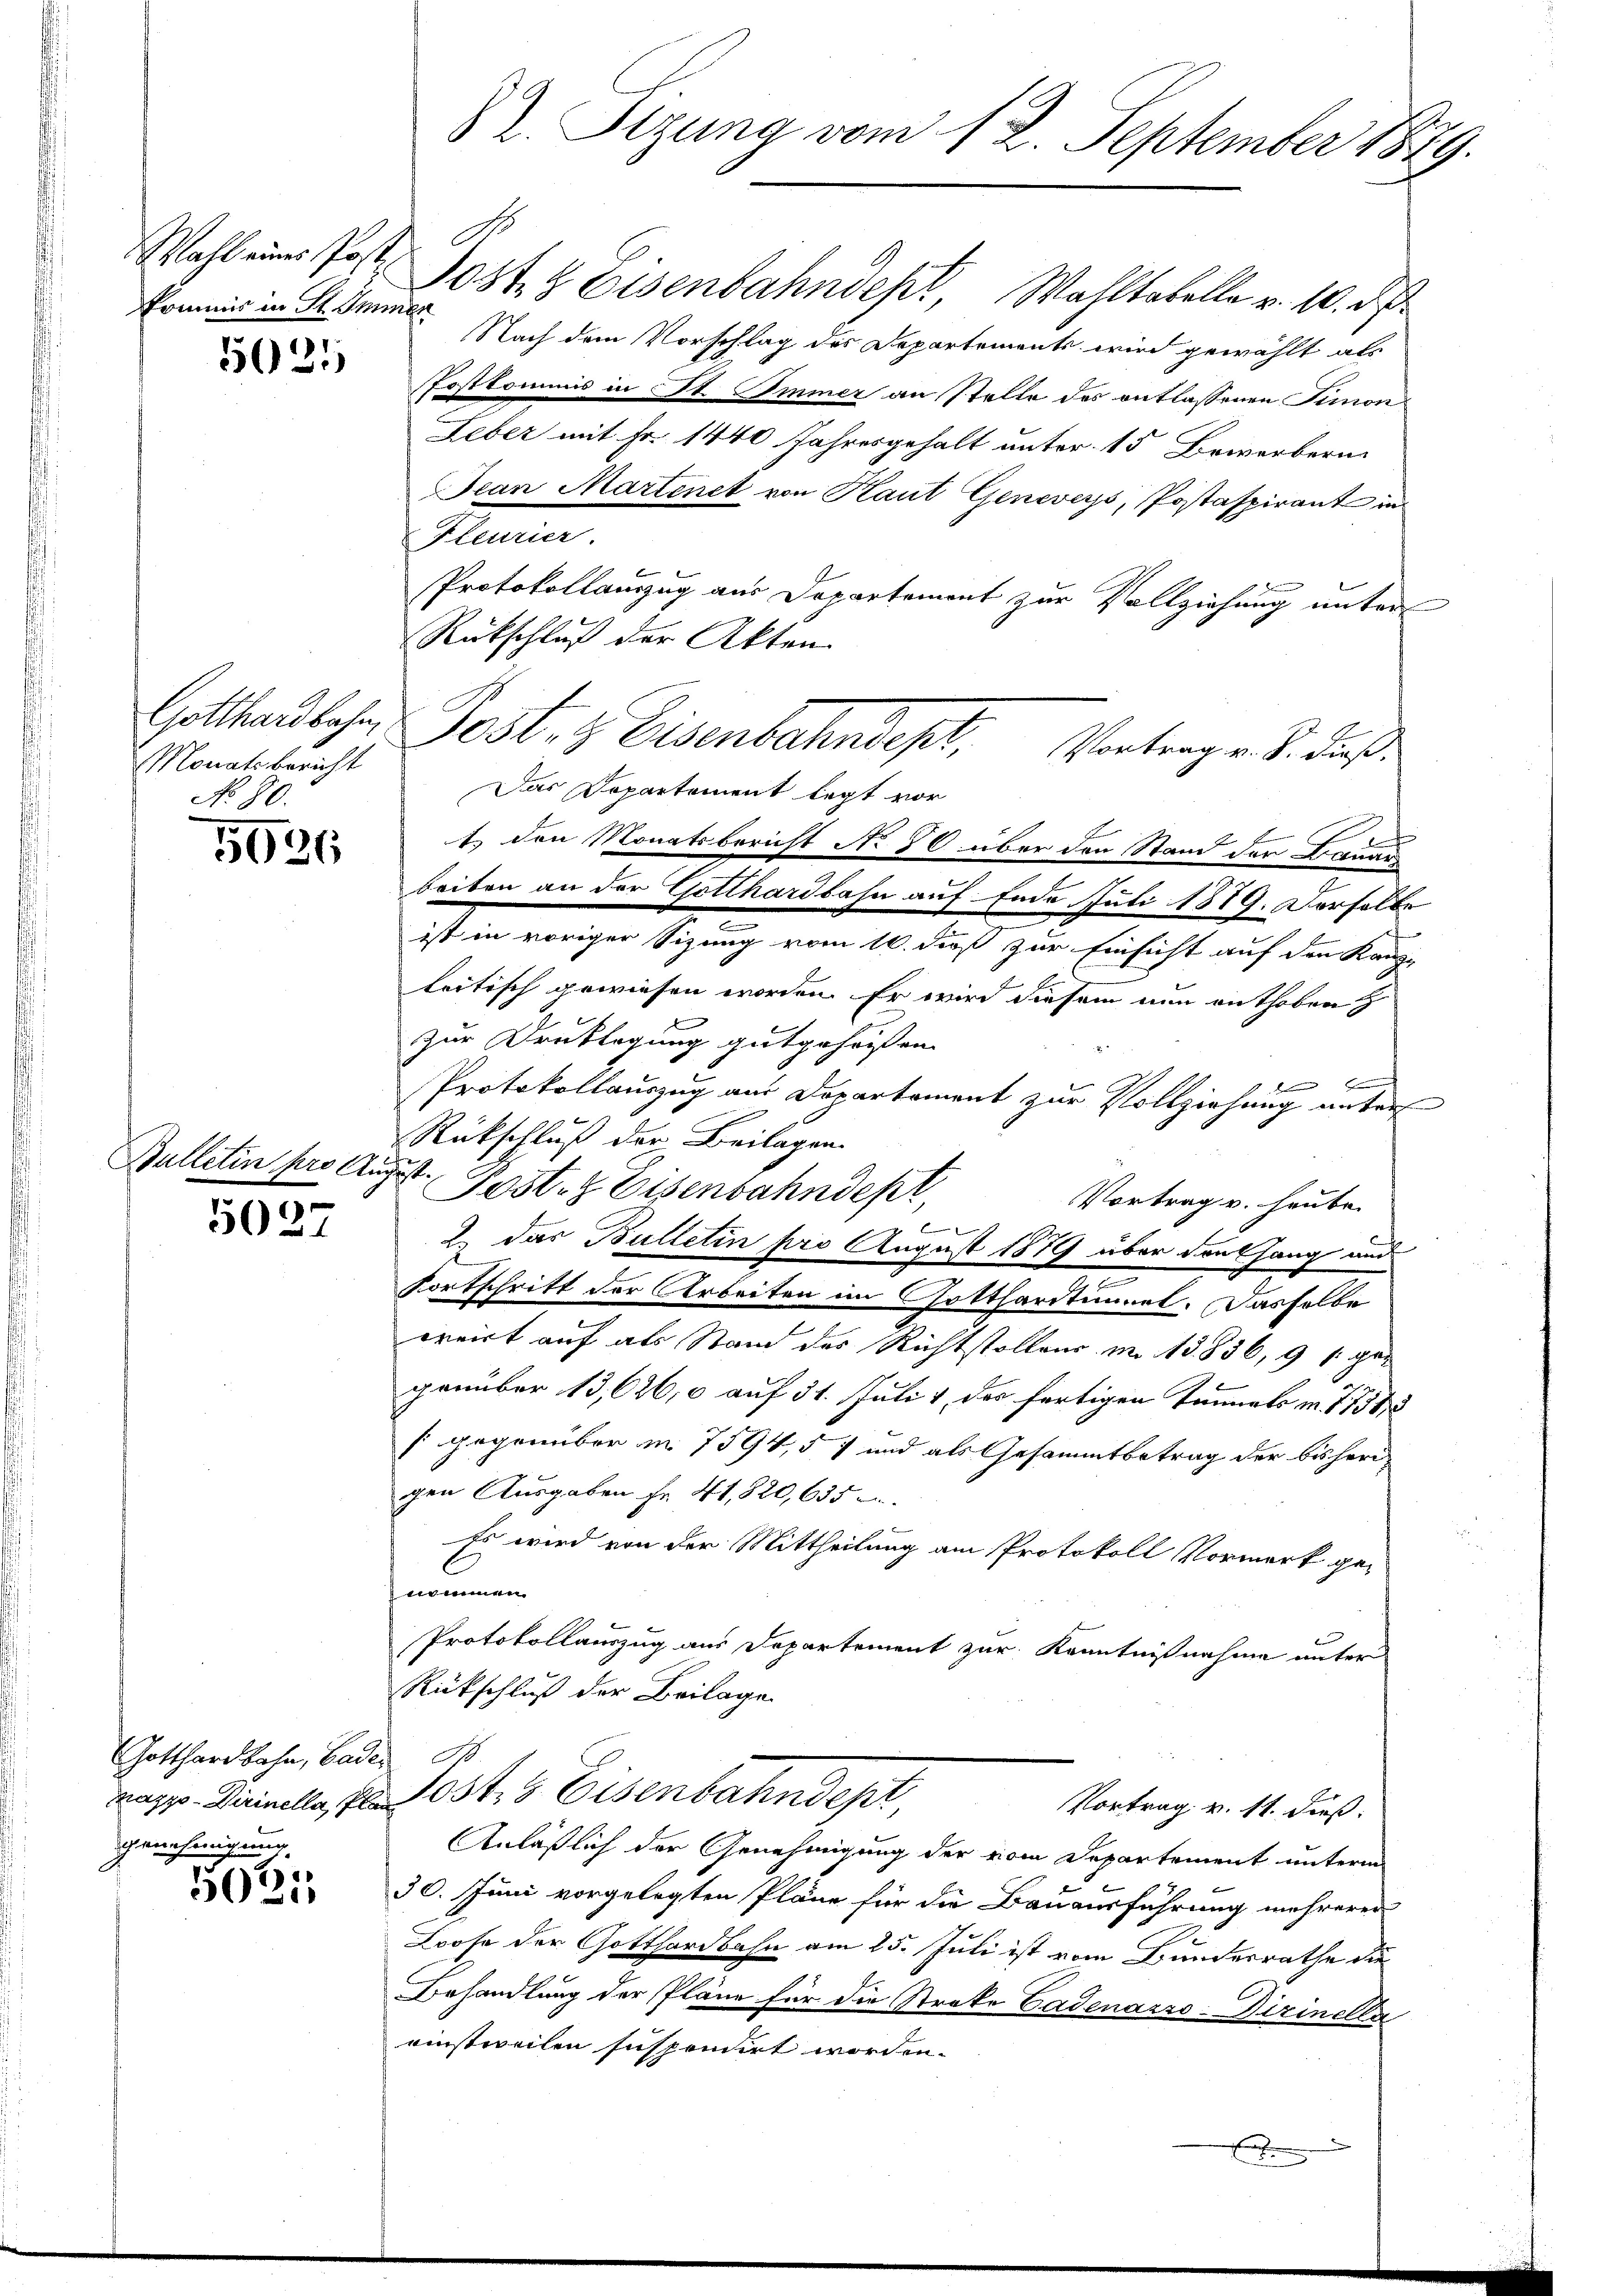
Wahl eines Post
kommis in St. Immer

5021

Monatsbericht
No. 80.

5936

Bulletin pro August.

5027

Gotthardbahn, Bade
Kappo-Dirinella, Pl
Genehmigung

5031,

82. Sizung vom 12. September 1879.

Jost & Eisenbahndept Wohltobelle v. 10. d
Nach dem Vorschlag des Departements wird gewählt als
Postkommis in St. Immer an Stelle des entlassenen Simon
Leber mit Fr. 1440 Jahresgehalt unter 15 Bewerbern
Jean Martinet von Raut Geneveys, Postaspirant in
Pleurier.
Protokollanzug aus Departemont zur Vollziehung unter
Rückschluß der Akten.
Gotthardbahn Post- & Eisenbahndepl
Das Departement legt vor
t. den Monatsbericht No 80 über den Stand der Brand
beiten an der Gotthardbahn auf Ende Juli 1879. Derselbe
ist in voriger Sizung vom 10. dieß zur Einsicht auf den Kanz-
leitisch gewiesen worden. Er wird diesem nun enthoben
zur Drucklegung gutgeheißen.
x
d
Protokollauszug am Departement zur Vollziehung unter
Rückschluß der Beilagen.
Post. Eisenbahndept
Vortrag v. heute.
2. Das Bulletin pro August 1879 über den Gang und
.
Fortschritt der Arbeiten im Gotthardtimmel. Dasselbe
wreist auf als Stand des Richtstollens im 15836, 9 f. gezember 13,626,0 auf 31. Juli & des fertigen Tunnels in 77588
fgegenüber m. 7594, 57 und als Gesammtbetrag der bisheri
gen Ausgaben Fr. 41,820, 635
Es wird von der Mittheilung am Protokoll Vormerk genommen.
Protokollauszug aus Departement zur Kenntnißnahme unter
Rückschluß der Beilage

Josts Eisenbahndept
Vortrag v. 11. dieß.
Anläßlich der Genehmigung der vom Departement unterm
30. Juni vorgelegten Pläne für die Bauausführung mehreren
Loose der Gotthardbahn am 25. Juli ist vom Bundesrathe die
Behandlung der Pläne für die Streke Cadenarzo-Dirinella
einstweilen suspendert worden.

Vortrag v. 8. dieß,